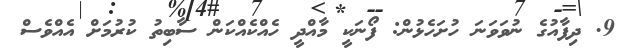
9. ދިފާއުގެ ނުވަވަނަ ހުށަހެޅުން: ފޯނަކީ މާއްދީ ހެއްކެއްކަން ސާބިތު ކުރުމަށް އެއްވެސް